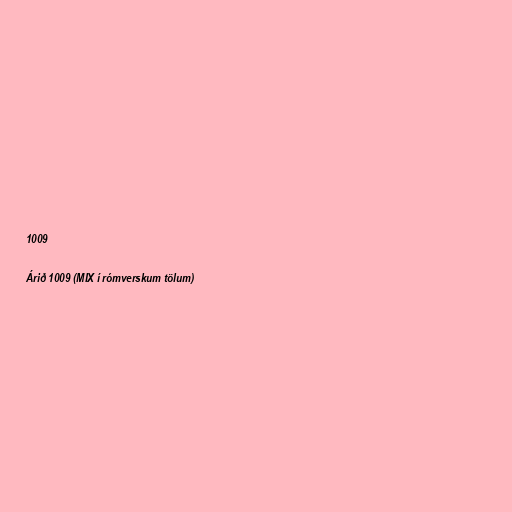
1009

Árið 1009 (MIX í rómverskum tölum)